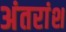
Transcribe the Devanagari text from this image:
अंतरांश